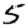
Digit: 5